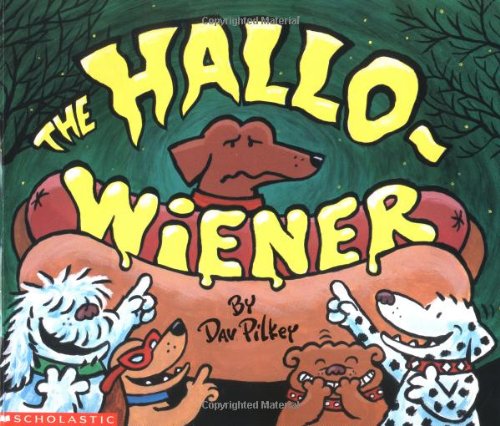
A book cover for The Hallo-wiener; Children's Books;